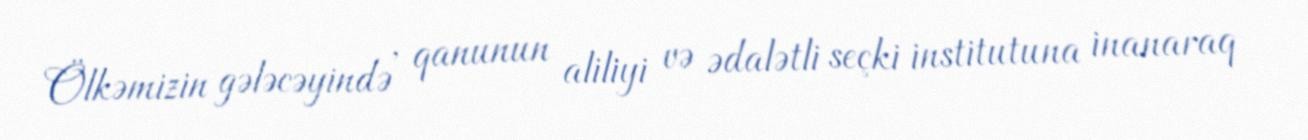
Ölkəmizin gələcəyində , qanunun aliliyi və ədalətli seçki institutuna inanaraq